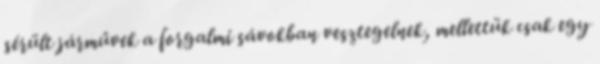
sérült járművek a forgalmi sávokban vesztegelnek, mellettük csak egy